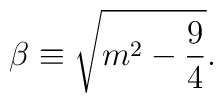
\beta \equiv \sqrt{m^2-\frac{9}{4}}.